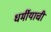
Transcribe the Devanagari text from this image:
धर्मीयाची